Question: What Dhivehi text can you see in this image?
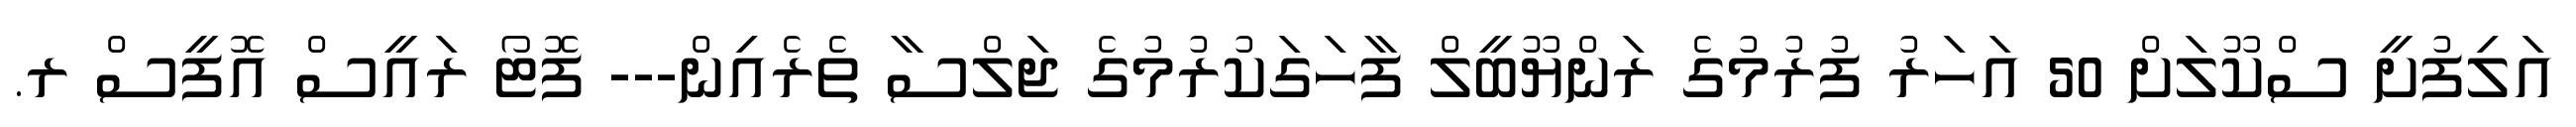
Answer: އަލިފުށީ ސްކޫލަށް 50 އަހަރު ފުރުމުގެ ރަންޔޫބީލް ފާހަގަކުރުމުގެ ޖަލްސާ ތެރެއިން--- ފޮޓޯ ރައީސް އޮފީސް ރ.